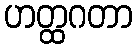
ဟတ္ထဂတာ